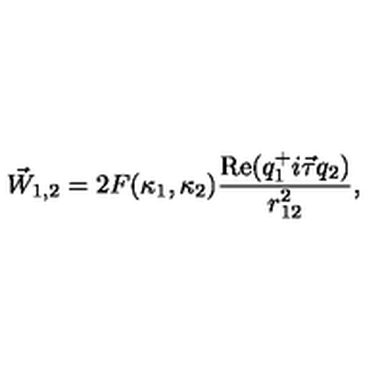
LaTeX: \vec { W } _ { 1 , 2 } = 2 F ( \kappa _ { 1 } , \kappa _ { 2 } ) \frac { \mathrm { R e } ( q _ { 1 } ^ { + } i \vec { \tau } q _ { 2 } ) } { r _ { 1 2 } ^ { 2 } } ,